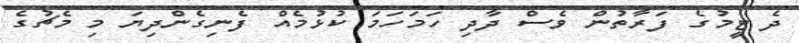
ދެ ޓީމުގެ ފަރާތުން ވެސް ދާދި ހަމަހަމަ ކުޅުމެއް ފެނިގެންދިޔަ މި މެޗުގެ